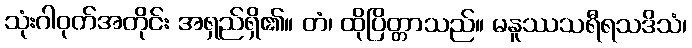
သုံးဂါဝုတ်အတိုင်း အရှည်ရှိ၏။ တံ၊ ထိုပြိတ္တာသည်။ မနူဿသရီရသဒိသံ၊